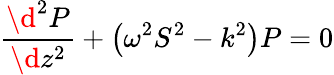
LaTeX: \frac{\d^{2}P}{\d z^{2}}+\left(\omega^{2}S^{2}-k^{2}\right)P=0